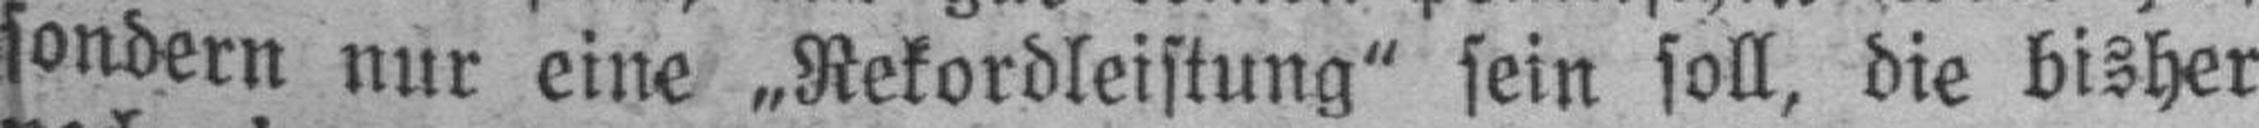
sondern nur eine „Rekordleistung“ sein soll, die bisher